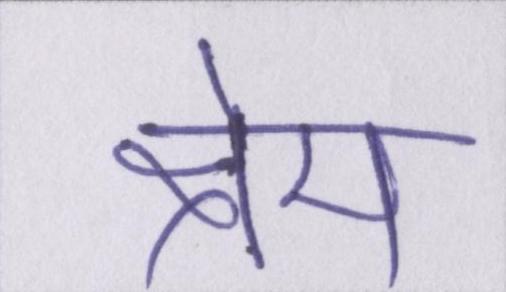
क्षेम